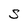
Character: S